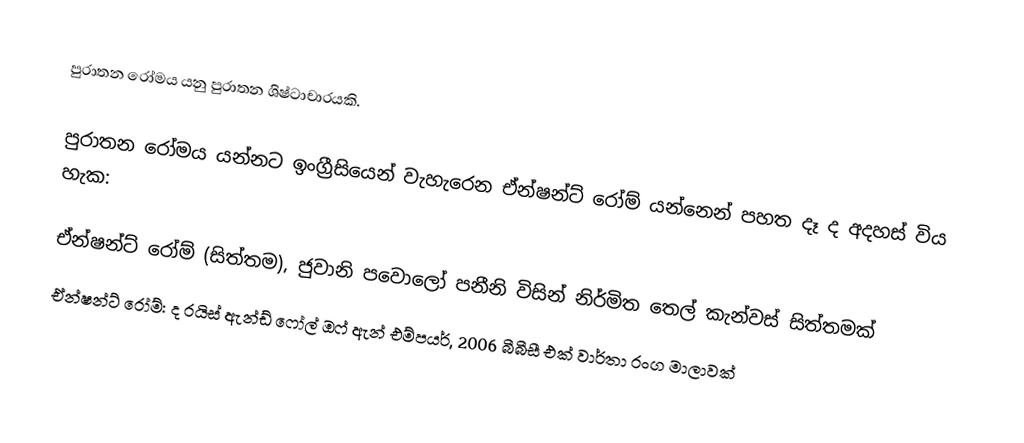
පුරාතන රෝමය යනු පුරාතන ශිෂ්ටාචාරයකි.

පුරාතන රෝමය යන්නට ඉංග්‍රීසියෙන් වැහැරෙන ඒන්ෂන්ට් රෝම් යන්නෙන් පහත දෑ ද අදහස් විය හැක:

ඒන්ෂන්ට් රෝම් (සිත්තම), ජුවානි පවොලෝ පනීනි විසින් නිර්මිත තෙල් කැන්වස් සිත්තමක්
ඒන්ෂන්ට් රෝම්: ද රයිස් ඇන්ඩ් ෆෝල් ඔෆ් ඇන් එම්පයර්, 2006 බීබීසී එක් වාර්තා රංග මාලාවක්